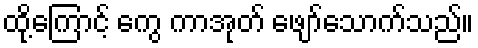
ထို့ကြောင့် ကွေ ကာအုတ် ဖျော်သောက်သည်။